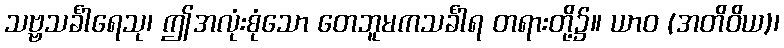
သဗ္ဗသင်္ခါရေသု၊ ဤအလုံးစုံသော တေဘူမကသင်္ခါရ တရားတို့၌။ ယာဝ (အတိဝိယ)၊